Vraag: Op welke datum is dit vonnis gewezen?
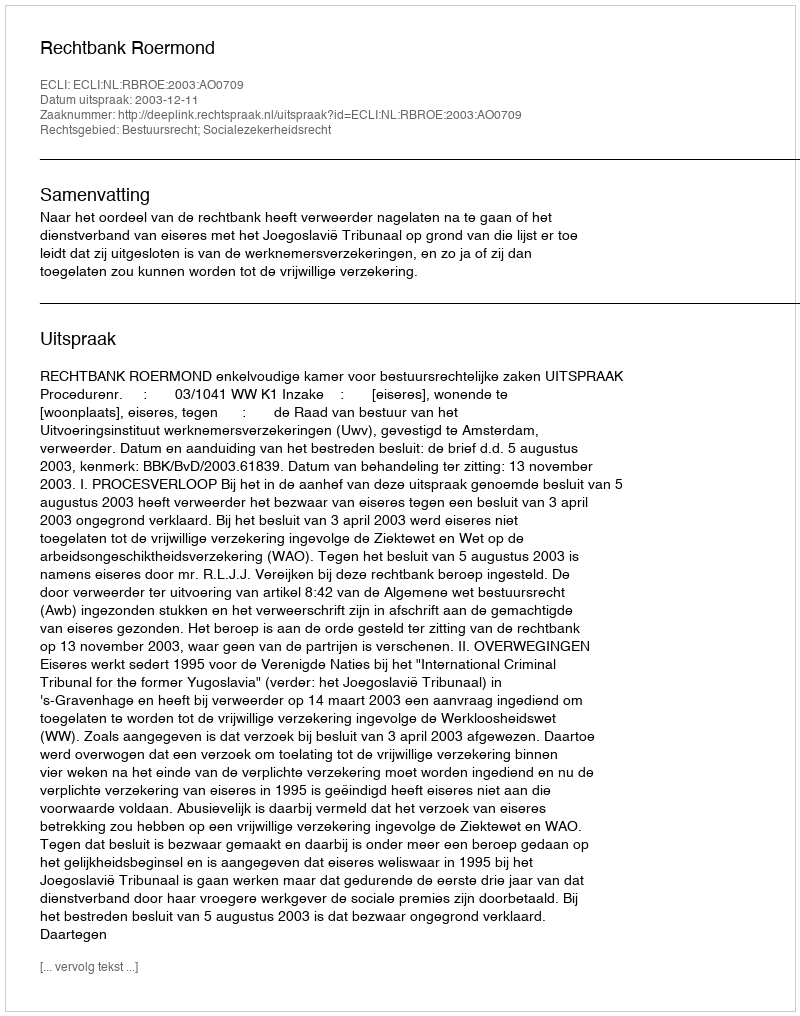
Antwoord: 2003-12-11